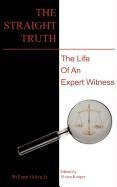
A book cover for The Straight Truth: The Life of an Expert Witness; William Gulya; Law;